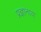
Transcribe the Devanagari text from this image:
प्रज्ञानाय